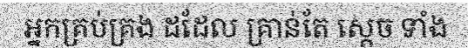
អ្នកគ្រប់គ្រង ដដែល គ្រាន់តែ ស្តេច ទាំង